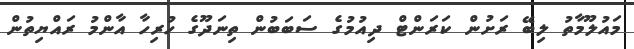
މައުލޫމާތު ލިބޭ ރަށުން ކަރަންޓް ދިއުމުގެ ސަބަބުން ތިނަދޫގެ ހުރިހާ އާންމު ރައްޔިތުން